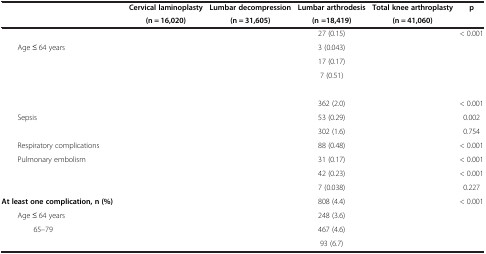
<table><thead><tr><td rowspan="2">[EMPTY_CELL]</td><td><b>Cervical laminoplasty</b></td><td><b>Lumbar decompression</b></td><td><b>Lumbar arthrodesis</b></td><td><b>Total knee arthroplasty</b></td><td rowspan="2"><b>p</b></td></tr><tr><td><b>(n = 16,020)</b></td><td><b>(n = 31,605)</b></td><td><b>(n =18,419)</b></td><td><b>(n = 41,060)</b></td></tr></thead><tbody><tr><td>[EMPTY_CELL]</td><td>[EMPTY_CELL]</td><td>[EMPTY_CELL]</td><td>27 (0.15)</td><td>[EMPTY_CELL]</td><td>&lt; 0.001</td></tr><tr><td>Age ≤ 64 years</td><td>[EMPTY_CELL]</td><td>[EMPTY_CELL]</td><td>3 (0.043)</td><td>[EMPTY_CELL]</td><td>[EMPTY_CELL]</td></tr><tr><td>[EMPTY_CELL]</td><td>[EMPTY_CELL]</td><td>[EMPTY_CELL]</td><td>17 (0.17)</td><td>[EMPTY_CELL]</td><td>[EMPTY_CELL]</td></tr><tr><td>[EMPTY_CELL]</td><td>[EMPTY_CELL]</td><td>[EMPTY_CELL]</td><td>7 (0.51)</td><td>[EMPTY_CELL]</td><td>[EMPTY_CELL]</td></tr><tr><td>[EMPTY_CELL]</td><td>[EMPTY_CELL]</td><td>[EMPTY_CELL]</td><td>[EMPTY_CELL]</td><td>[EMPTY_CELL]</td><td>[EMPTY_CELL]</td></tr><tr><td>[EMPTY_CELL]</td><td>[EMPTY_CELL]</td><td>[EMPTY_CELL]</td><td>362 (2.0)</td><td>[EMPTY_CELL]</td><td>&lt; 0.001</td></tr><tr><td>Sepsis</td><td>[EMPTY_CELL]</td><td>[EMPTY_CELL]</td><td>53 (0.29)</td><td>[EMPTY_CELL]</td><td>0.002</td></tr><tr><td>[EMPTY_CELL]</td><td>[EMPTY_CELL]</td><td>[EMPTY_CELL]</td><td>302 (1.6)</td><td>[EMPTY_CELL]</td><td>0.754</td></tr><tr><td>Respiratory complications</td><td>[EMPTY_CELL]</td><td>[EMPTY_CELL]</td><td>88 (0.48)</td><td>[EMPTY_CELL]</td><td>&lt; 0.001</td></tr><tr><td>Pulmonary embolism</td><td>[EMPTY_CELL]</td><td>[EMPTY_CELL]</td><td>31 (0.17)</td><td>[EMPTY_CELL]</td><td>&lt; 0.001</td></tr><tr><td>[EMPTY_CELL]</td><td>[EMPTY_CELL]</td><td>[EMPTY_CELL]</td><td>42 (0.23)</td><td>[EMPTY_CELL]</td><td>&lt; 0.001</td></tr><tr><td>[EMPTY_CELL]</td><td>[EMPTY_CELL]</td><td>[EMPTY_CELL]</td><td>7 (0.038)</td><td>[EMPTY_CELL]</td><td>0.227</td></tr><tr><td><b>At least one complication, n (%)</b></td><td>[EMPTY_CELL]</td><td>[EMPTY_CELL]</td><td>808 (4.4)</td><td>[EMPTY_CELL]</td><td>&lt; 0.001</td></tr><tr><td>Age ≤ 64 years</td><td>[EMPTY_CELL]</td><td>[EMPTY_CELL]</td><td>248 (3.6)</td><td>[EMPTY_CELL]</td><td>[EMPTY_CELL]</td></tr><tr><td>65–79</td><td>[EMPTY_CELL]</td><td>[EMPTY_CELL]</td><td>467 (4.6)</td><td>[EMPTY_CELL]</td><td>[EMPTY_CELL]</td></tr><tr><td>[EMPTY_CELL]</td><td>[EMPTY_CELL]</td><td>[EMPTY_CELL]</td><td>93 (6.7)</td><td>[EMPTY_CELL]</td><td>[EMPTY_CELL]</td></tr></tbody></table>